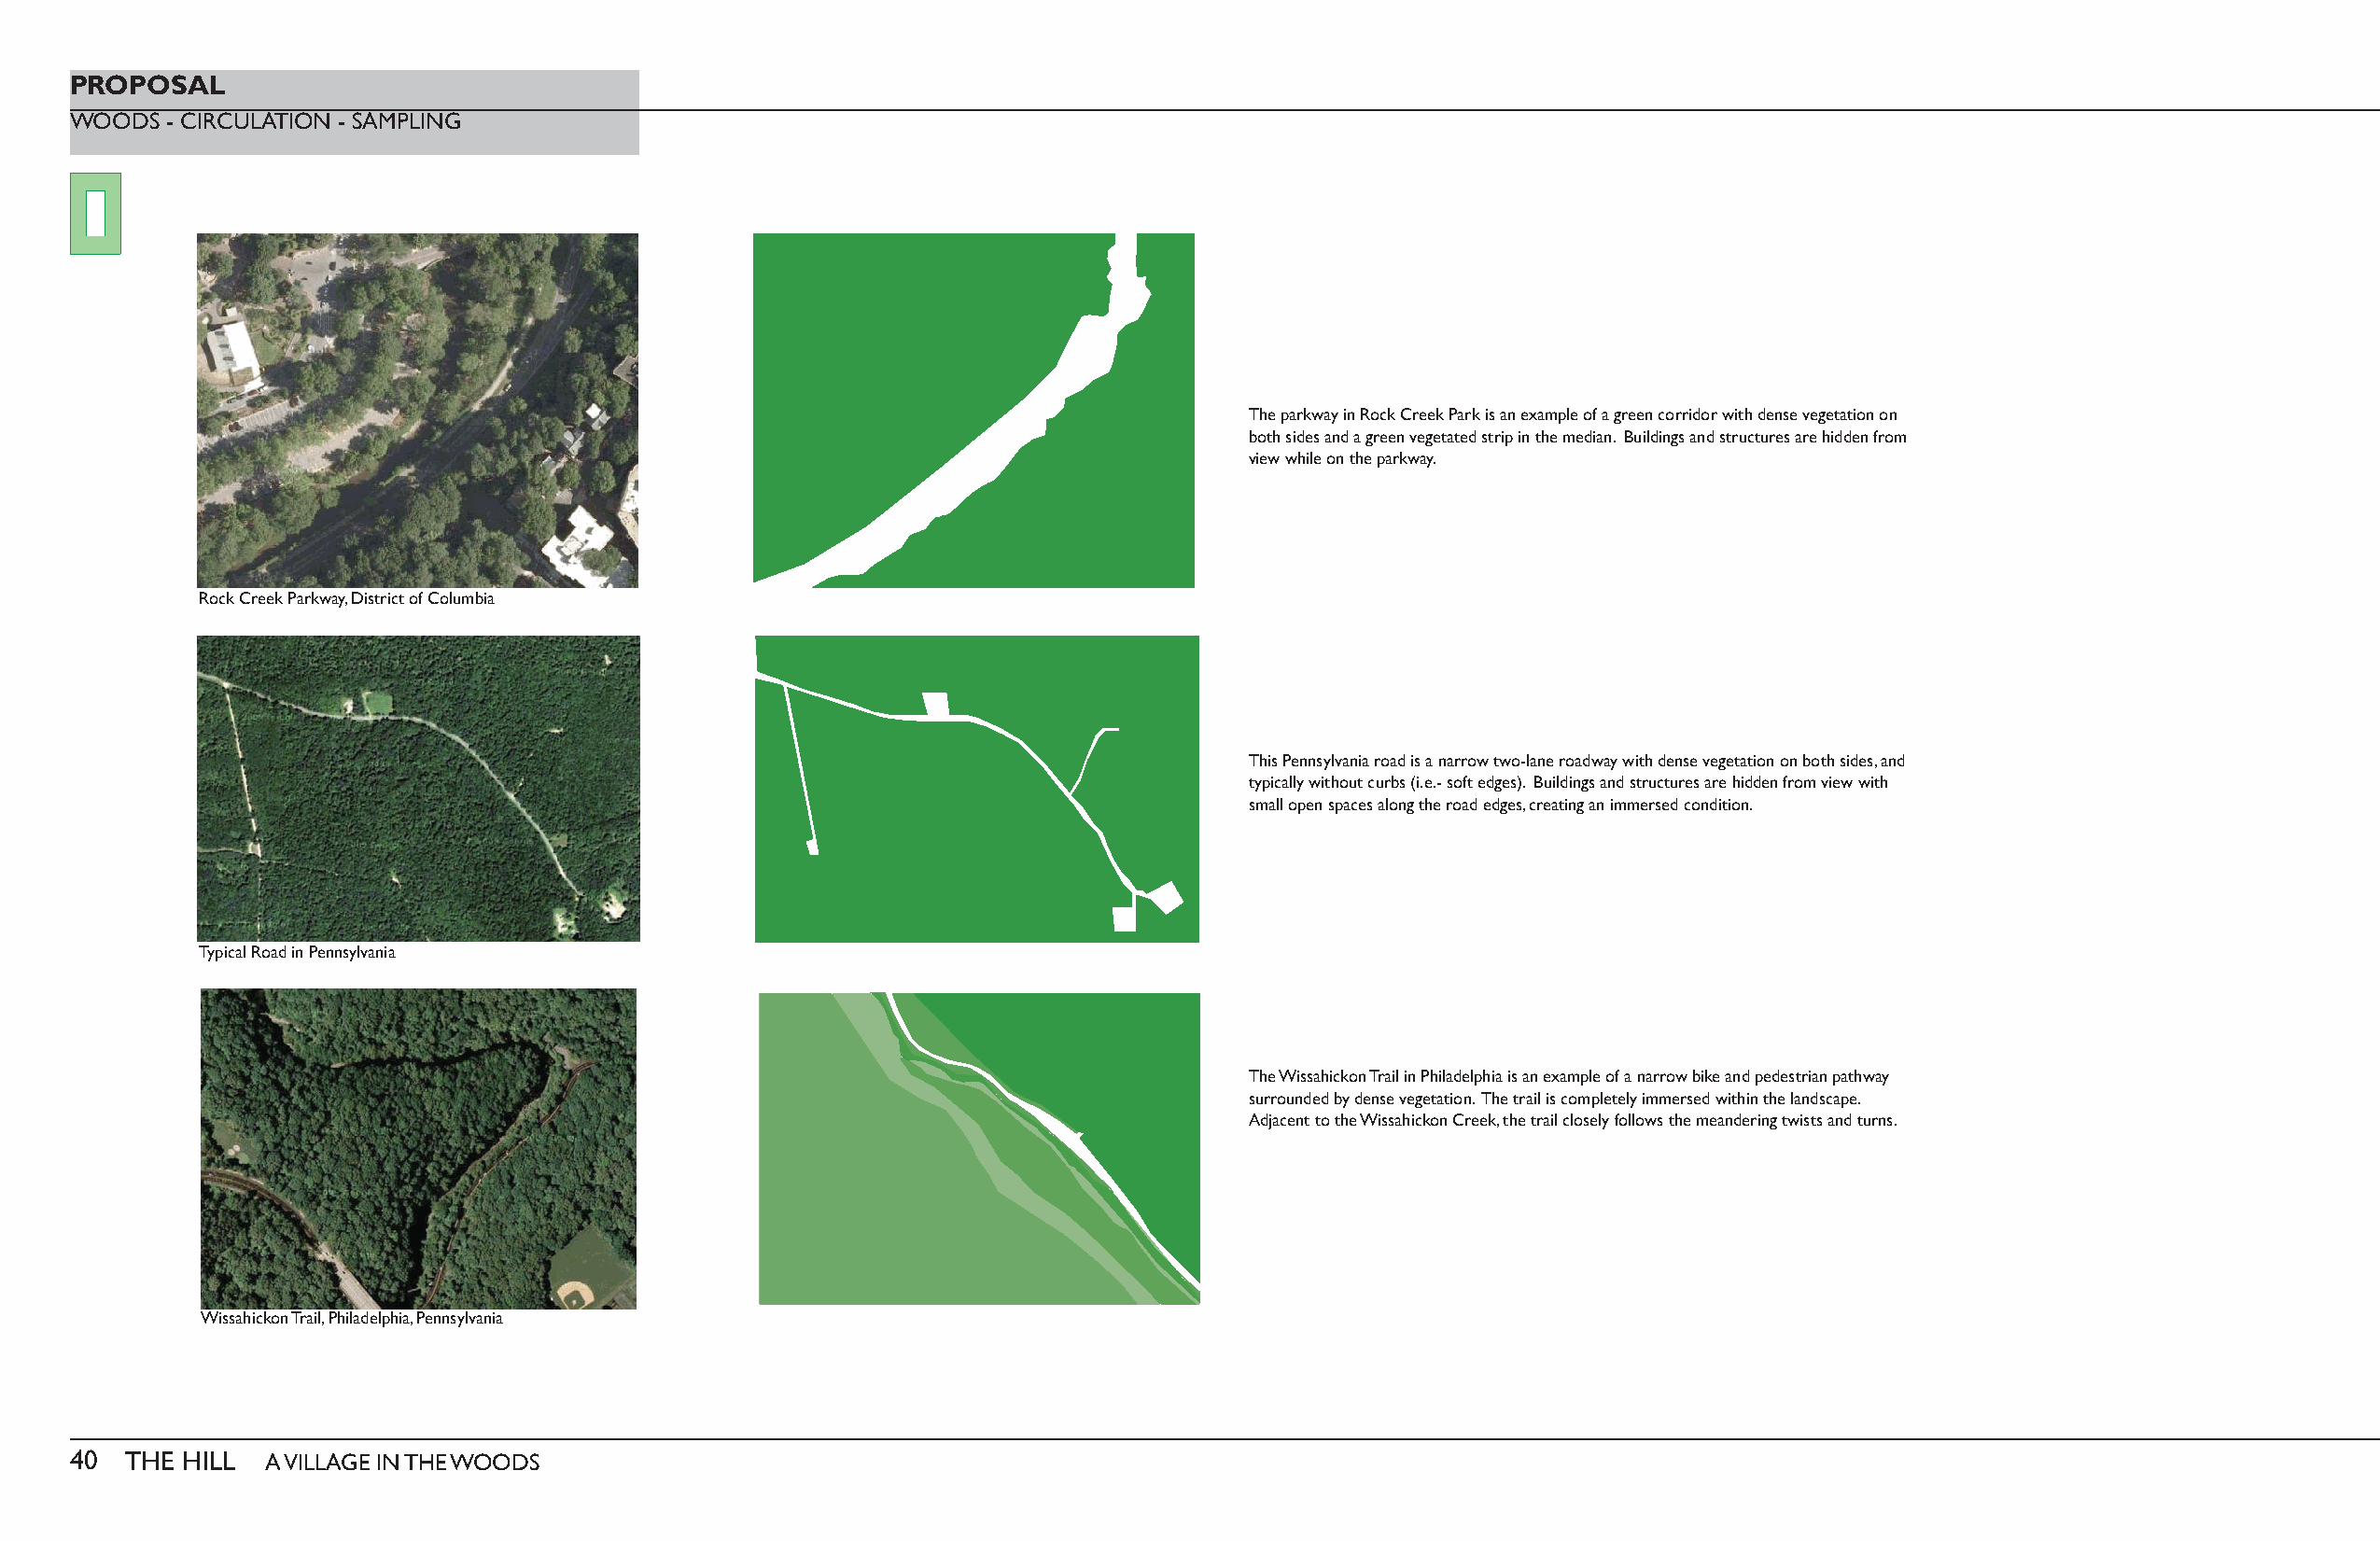
PROPOSAL
 WOODS  - CIRCULATION - SAMPLING
 The parkway in Rock Creek Park is an example of a green corridor with dense vegetation on
 both sides and a green vegetated strip in the median. Buildings and structures are hidden from
 view while on the parkway.
 Rock Creek Parkway, District of Columbia
 This Pennsylvania road is a narrow two-lane roadway with dense vegetation on both sides, and
 typically without curbs (i.e.- soft edges). Buildings and structures are hidden from view with
 small open spaces along the road edges, creating an immersed condition.
 Typical Road in Pennsylvania
 The Wissahickon Trail in Philadelphia is an example of a narrow bike and pedestrian pathway
 surrounded by dense vegetation. The trail is completely immersed within the landscape.
 Adjacent to the Wissahickon Creek, the trail closely follows the meandering twists and turns.
 Wissahickon Trail, Philadelphia, Pennsylvania
 40  THE HILL  A VILLAGE IN THE WOODS